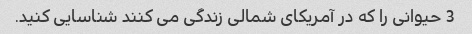
3 حیوانی را که در آمریکای شمالی زندگی می کنند شناسایی کنید.